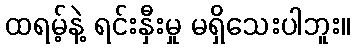
ထရမ့်နဲ့ ရင်းနှီးမှု မရှိသေးပါဘူး။